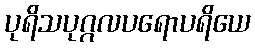
ပုရိသပုဂ္ဂလပရောပရိယေ